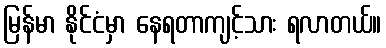
မြန်မာ နိုင်ငံမှာ နေရတာကျင့်သား ရလာတယ်။